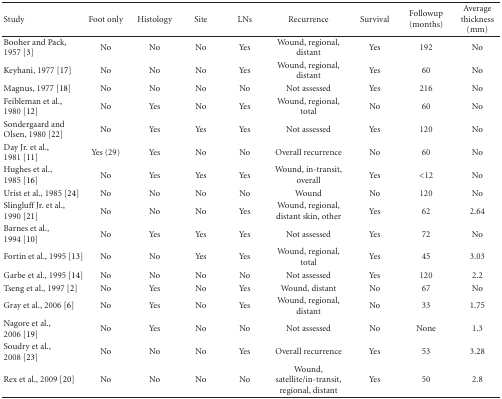
<table><thead><tr><td><b>Study</b></td><td><b>Foot only</b></td><td><b>Histology</b></td><td><b>Site</b></td><td><b>LNs</b></td><td><b>Recurrence</b></td><td><b>Survival</b></td><td><b>Followup (months)</b></td><td><b>Average thickness (mm)</b></td></tr></thead><tbody><tr><td>Booher and Pack, 1957 [3]</td><td>No</td><td>No</td><td>No</td><td>Yes</td><td>Wound, regional, distant</td><td>Yes</td><td>192</td><td>No</td></tr><tr><td>Keyhani, 1977 [17]</td><td>No</td><td>No</td><td>No</td><td>Yes</td><td>Wound, regional, distant</td><td>Yes</td><td>60</td><td>No</td></tr><tr><td>Magnus, 1977 [18]</td><td>No</td><td>No</td><td>No</td><td>No</td><td>Not assessed</td><td>Yes</td><td>216</td><td>No</td></tr><tr><td>Feibleman et al., 1980 [12]</td><td>No</td><td>Yes</td><td>No</td><td>Yes</td><td>Wound, regional, total</td><td>No</td><td>60</td><td>No</td></tr><tr><td>Sondergaard and Olsen, 1980 [22]</td><td>No</td><td>Yes</td><td>Yes</td><td>Yes</td><td>Not assessed</td><td>Yes</td><td>120</td><td>No</td></tr><tr><td>Day Jr. et al., 1981 [11]</td><td>Yes (29)</td><td>Yes</td><td>No</td><td>No</td><td>Overall recurrence</td><td>No</td><td>60</td><td>No</td></tr><tr><td>Hughes et al., 1985 [16]</td><td>No</td><td>Yes</td><td>Yes</td><td>Yes</td><td>Wound, in-transit, overall</td><td>Yes</td><td>&lt;12</td><td>No</td></tr><tr><td>Urist et al., 1985 [24]</td><td>No</td><td>No</td><td>No</td><td>No</td><td>Wound</td><td>No</td><td>120</td><td>No</td></tr><tr><td>Slingluff Jr. et al., 1990 [21]</td><td>No</td><td>No</td><td>No</td><td>Yes</td><td>Wound, regional, distant skin, other</td><td>Yes</td><td>62</td><td>2.64</td></tr><tr><td>Barnes et al., 1994 [10]</td><td>No</td><td>Yes</td><td>Yes</td><td>Yes</td><td>Not assessed</td><td>Yes</td><td>72</td><td>No</td></tr><tr><td>Fortin et al., 1995 [13]</td><td>No</td><td>No</td><td>Yes</td><td>Yes</td><td>Wound, regional, total</td><td>Yes</td><td>45</td><td>3.03</td></tr><tr><td>Garbe et al., 1995 [14]</td><td>No</td><td>No</td><td>No</td><td>No</td><td>Not assessed</td><td>Yes</td><td>120</td><td>2.2</td></tr><tr><td>Tseng et al., 1997 [2]</td><td>No</td><td>Yes</td><td>No</td><td>Yes</td><td>Wound, distant</td><td>No</td><td>67</td><td>No</td></tr><tr><td>Gray et al., 2006 [6]</td><td>No</td><td>Yes</td><td>No</td><td>Yes</td><td>Wound, regional, distant</td><td>No</td><td>33</td><td>1.75</td></tr><tr><td>Nagore et al., 2006 [19]</td><td>No</td><td>Yes</td><td>No</td><td>No</td><td>Not assessed</td><td>No</td><td>None</td><td>1.3</td></tr><tr><td>Soudry et al., 2008 [23]</td><td>No</td><td>No</td><td>No</td><td>Yes</td><td>Overall recurrence</td><td>Yes</td><td>53</td><td>3.28</td></tr><tr><td>Rex et al., 2009 [20]</td><td>No</td><td>No</td><td>No</td><td>No</td><td>Wound, satellite/in-transit, regional, distant</td><td>Yes</td><td>50</td><td>2.8</td></tr></tbody></table>